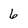
Character: 6